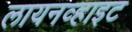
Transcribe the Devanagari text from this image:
लायनव्हाइट